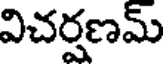
విచర్షణమ్